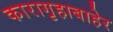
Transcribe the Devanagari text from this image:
कारागृहाबाहेर